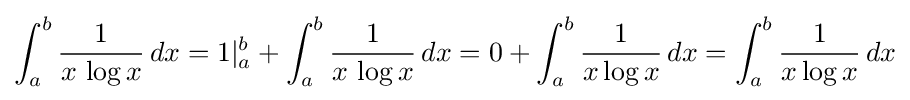
\int _{a}^{b}{\frac {1}{x\,\log x}}\,dx=1|_{a}^{b}+\int _{a}^{b}{\frac {1}{x\,\log x}}\,dx=0+\int _{a}^{b}{\frac {1}{x\log x}}\,dx=\int _{a}^{b}{\frac {1}{x\log x}}\,dx